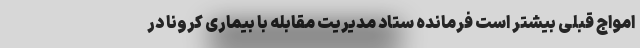
امواج قبلی بیشتر است فرمانده ستاد مدیریت مقابله با بیماری کرونا در